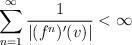
LaTeX: \begin{align*}\sum_{n=1}^\infty\frac{1}{\lvert (f^n)'(v)\rvert}<\infty\end{align*}